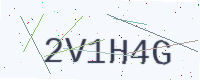
Text: 2V1H4G